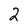
Character: 2